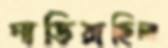
নাড়িয়াছিল